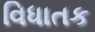
વિધાતક